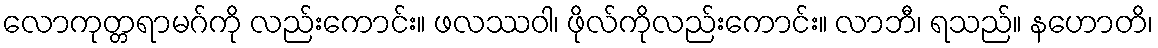
လောကုတ္တရာမဂ်ကို လည်းကောင်း။ ဖလဿဝါ၊ ဖိုလ်ကိုလည်းကောင်း။ လာဘီ၊ ရသည်။ နဟောတိ၊